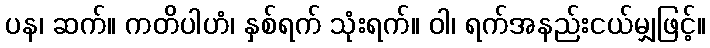
ပန၊ ဆက်။ ကတိပါဟံ၊ နှစ်ရက် သုံးရက်။ ဝါ၊ ရက်အနည်းငယ်မျှဖြင့်။